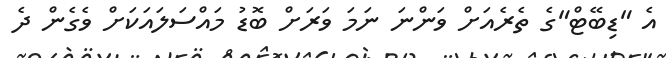
އެ "ޑިބޭޓް"ގެ ތެރެއަށް ވަންނަ ނަމަ ވަރަށް ބޮޑު މައްސަލައަކަށް ވެގެން ދެ